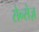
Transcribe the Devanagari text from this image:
सेन्सेज़